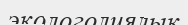
экологолиялық